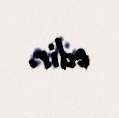
edir.